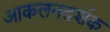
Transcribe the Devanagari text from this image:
आकलनदर्शक